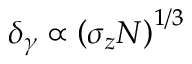
\delta _ { \gamma } \propto \left( \sigma _ { z } N \right) ^ { 1 / 3 }